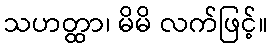
သဟတ္ထာ၊ မိမိ လက်ဖြင့်။